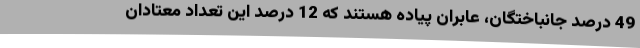
49 درصد جانباختگان، عابران پیاده هستند که 12 درصد این تعداد معتادان